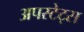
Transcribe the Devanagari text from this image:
अपस्टेट्स